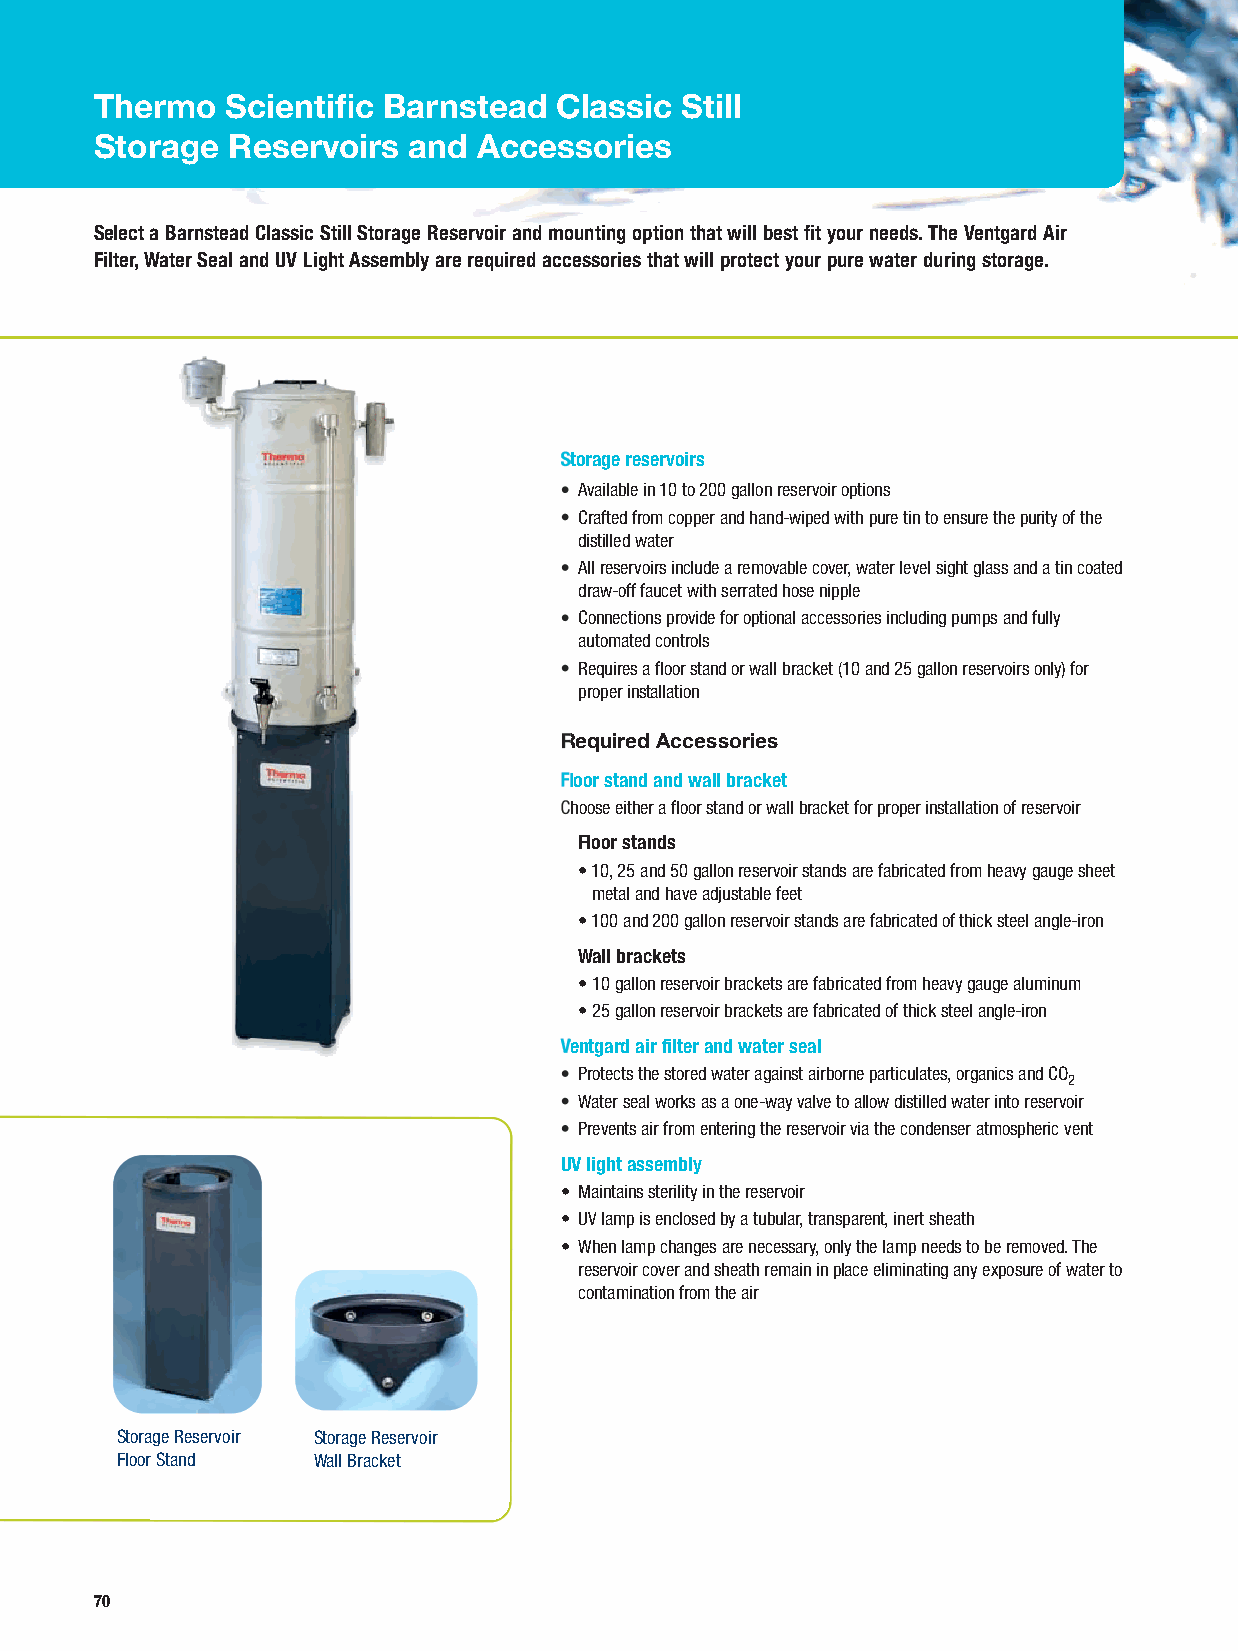
Thermo   Scientific Barnstead  Classic Still
 Storage  Reservoirs  and  Accessories
 Select a Barnstead Classic Still Storage Reservoir and mounting option that will best fit your needs. The Ventgard Air
 Filter, Water Seal and UV Light Assembly are required accessories that will protect your pure water during storage.
 Storage reservoirs
 • Available in 10 to 200 gallon reservoir options
 • Crafted from copper and hand-wiped with pure tin to ensure the purity of the
 distilled water
 • All reservoirs include a removable cover, water level sight glass and a tin coated
 draw-off faucet with serrated hose nipple
 • Connections provide for optional accessories including pumps and fully
 automated controls
 • Requires a floor stand or wall bracket (10 and 25 gallon reservoirs only) for
 proper installation
 Required Accessories
 Floor stand and wall bracket
 Choose either a floor stand or wall bracket for proper installation of reservoir
 Floor stands
 • 10, 25 and 50 gallon reservoir stands are fabricated from heavy gauge sheet
 metal and have adjustable feet
 • 100 and 200 gallon reservoir stands are fabricated of thick steel angle-iron
 Wall brackets
 • 10 gallon reservoir brackets are fabricated from heavy gauge aluminum
 • 25 gallon reservoir brackets are fabricated of thick steel angle-iron
 Ventgard air filter and water seal
 • Protects the stored water against airborne particulates, organics and CO
 2
 • Water seal works as a one-way valve to allow distilled water into reservoir
 • Prevents air from entering the reservoir via the condenser atmospheric vent
 UV light a ssembly
 • Maintains sterility in the reservoir
 • UV lamp is enclosed by a tubular, transparent, inert sheath
 • When lamp changes are necessary, only the lamp needs to be removed. The
 reservoir cover and sheath remain in place eliminating any exposure of water to
 contamination from the air
 Storage Reservoir Storage Reservoir
 Floor Stand  Wall Bracket
 70